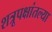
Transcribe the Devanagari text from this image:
शत्रूपक्षांतल्या